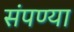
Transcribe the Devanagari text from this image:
संपण्या